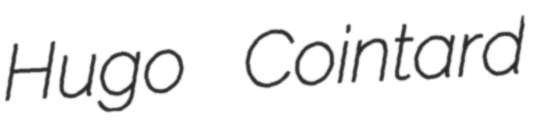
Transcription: Hugo Cointard